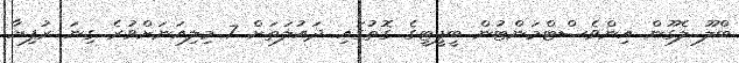
ބްލޫ ލެގޫން އިންވެސްޓްމަންޓުން ބީޕީޓީގެ ގޮތުގައި ދައުލަތަށް 7 މިލިއަނަށްވުރެ ގިނަ ރުފިޔާ